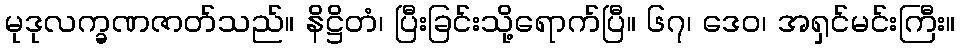
မုဒုလက္ခဏဇာတ်သည်။ နိဋ္ဌိတံ၊ ပြီးခြင်းသို့ရောက်ပြီ။ ၆၇၊ ဒေဝ၊ အရှင်မင်းကြီး။